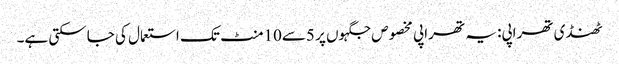
ٹھنڈی تھراپی: یہ تھراپی مخصوص جگہوں پر 5سے10منٹ تک استعمال کی جاسکتی ہے۔